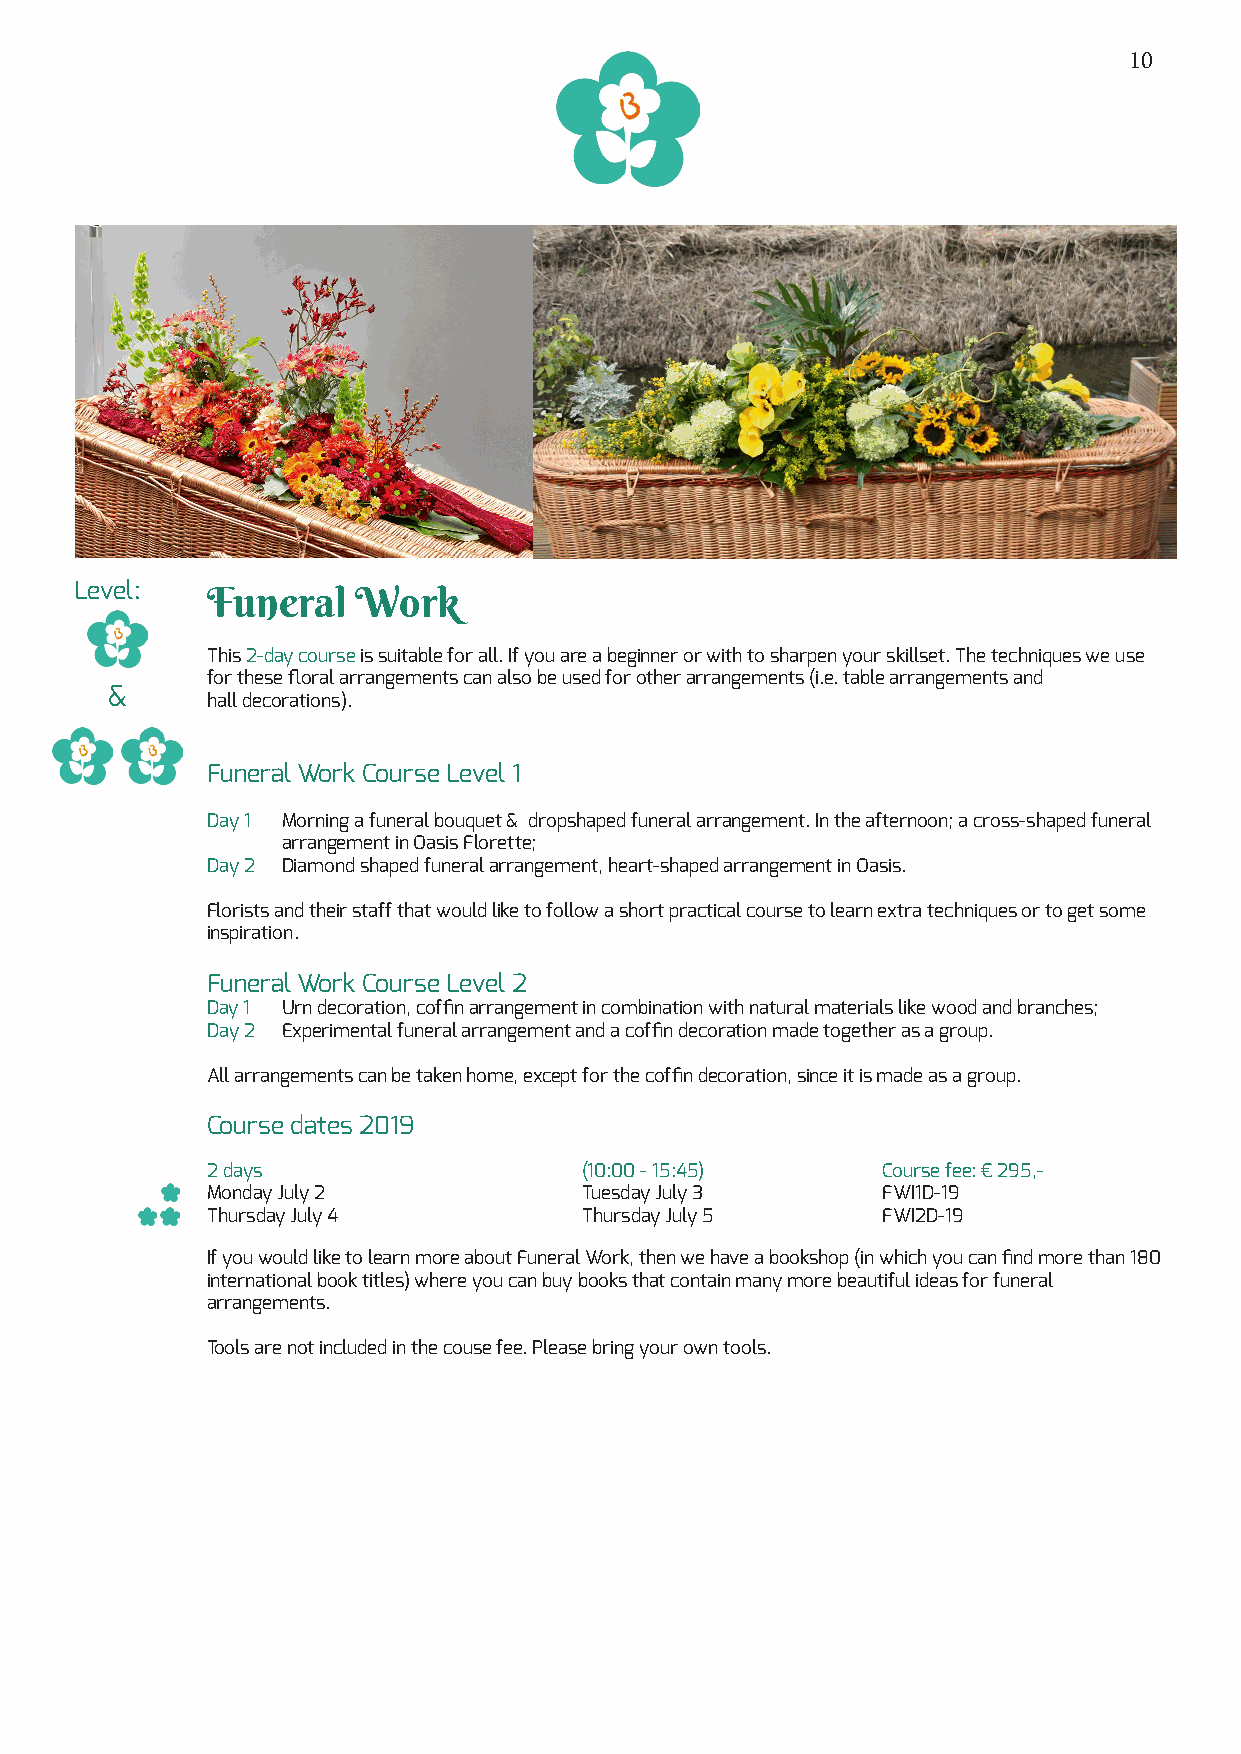
10
 Level:   Funeral   Work
 This 2-day course is suitable for all. If you are a beginner or with to sharpen your skillset. The techniques we use
 for these floral arrangements can also be used for other arrangements (i.e. table arrangements and
 &
 hall decorations).
 Funeral Work Course Level 1
 Day 1 Morning a funeral bouquet & dropshaped funeral arrangement. In the afternoon; a cross-shaped funeral
 arrangement in Oasis Florette;
 Day 2 Diamond shaped funeral arrangement, heart-shaped arrangement in Oasis.
 Florists and their staff that would like to follow a short practical course to learn extra techniques or to get some
 inspiration.
 Funeral Work Course Level 2
 Day 1 Urn decoration, coffin arrangement in combination with natural materials like wood and branches;
 Day 2 Experimental funeral arrangement and a coffin decoration made together as a group.
 All arrangements can be taken home, except for the coffin decoration, since it is made as a group.
 Course dates 2019
 2 days                   (10:00 - 15:45)    Course fee: € 295,-
 Monday July 2            Tuesday July 3     FWI1D-19
 Thursday July 4          Thursday July 5    FWI2D-19
 If you would like to learn more about Funeral Work, then we have a bookshop (in which you can find more than 180
 international book titles) where you can buy books that contain many more beautiful ideas for funeral
 arrangements.
 Tools are not included in the couse fee. Please bring your own tools.